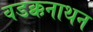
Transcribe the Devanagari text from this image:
वडक्कनाथन